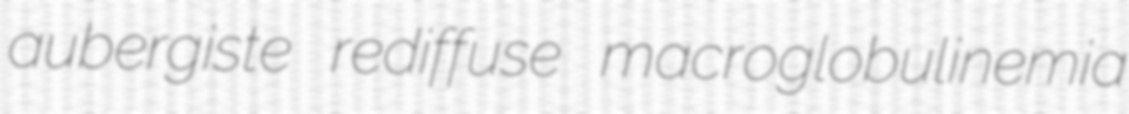
aubergiste rediffuse macroglobulinemia